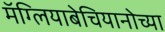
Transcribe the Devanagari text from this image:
मॅग्लियाबेचियानोच्या